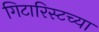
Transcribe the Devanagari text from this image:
गिटारिस्टच्या